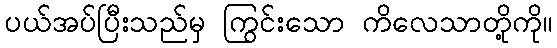
ပယ်အပ်ပြီးသည်မှ ကြွင်းသော ကိလေသာတို့ကို။